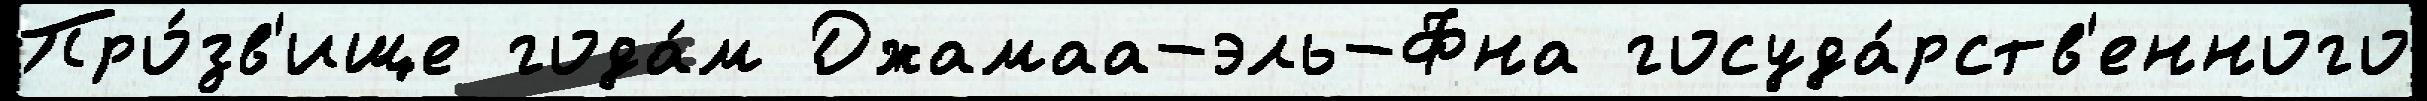
Про́зв'ище года́м Джамаа-эль-Фна госуда́рств'енного